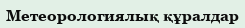
Метеорологиялық құралдар